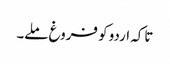
تاکہ اردو کو فروغ ملے۔